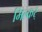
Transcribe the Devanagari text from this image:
मिल्कर्